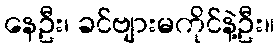
နေဦး၊ ခင်ဗျားမကိုင်နဲ့ဦး။